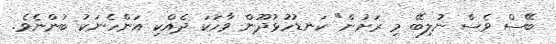
ބޭސް ވެސް ނުލިބޭ މި ރަށުން" ކަނޑުހުޅުދޫން ވާހަކަ ދެއްކި އަންހެނަކު ބުންނެވެ.